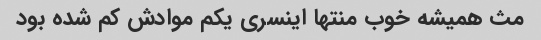
مث همیشه خوب منتها اینسری یکم موادش کم شده بود